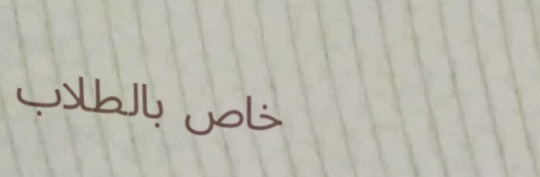
خاص بالطلاب